system: You are a helpful assistant.
user:
Analyze the provided spectrum to determine if it is a **M-type Giant (gM)**.

A M-type Giant spectrum is defined by its **strong molecular absorption** features, particularly from **Titanium Oxide (TiO)**. You must check for one of the following mutually exclusive signatures:

- **Key Visual Indicators (Absorption-Dominated Spectrum):**

    - **(Primary):** The spectrum is dominated by strong molecular absorption from **Titanium Oxide (TiO)**. This is the **defining feature** of its M-type temperature class.
        - **(Key Bandheads):** Look for sharp, "saw-tooth" absorption valleys. The strongest are located near **~7050 Å**, **~6160 Å**, and **~5170 Å**.
        - **(Line Profile):** The "saw-tooth" morphology is critical: a **sharp, steep drop on the BLUE (short-wavelength) side** of the bandhead, followed by a gradual recovery (rising flux) towards the RED (long-wavelength) side.

    - **(Key Confirmation - Giant vs. Dwarf):** **ABSENCE** of strong **Calcium Hydride (CaH)** molecular bands. This is the primary diagnostic for *excluding* M-dwarfs.
        - **(Key Region):** The spectrum should lack the strong, broad absorption band seen in dwarfs between **~6800 Å and ~7000 Å**.

    - **(Secondary Confirmation - Giant):** A very strong and broad **Neutral Calcium (Ca I)** atomic absorption line.
        - **(Key Line):** Located at **~4226 Å**. In a giant (gM), this line is significantly deeper and broader than the same line in an M-dwarf (dM) due to low surface gravity.

    - **(Overall Spectrum):**
        - The continuum is **extremely red-sloping** (i.e., flux is very low in the blue and rises dramatically towards the red).
        - The entire spectrum appears "chopped up" by the deep TiO bands.

Think first, call **spectral_visualization_tool** if needed to examine features in detail, then provide your final answer. Your response must adhere to the following strict rules:
1.  **Overall Structure:** Your response must follow the format `<think>...</think> <tool_call>...</tool_call> (if a tool is used) <answer>...</answer>`.
2.  **Tool Usage Constraint:** You may only make **one** tool call per turn.
3.  **Final Answer Format:** In the `<answer>` tag, your conclusion must be inside a `\boxed{}` command (e.g., `\boxed{YES}` or `\boxed{NO}`), followed by your justification.

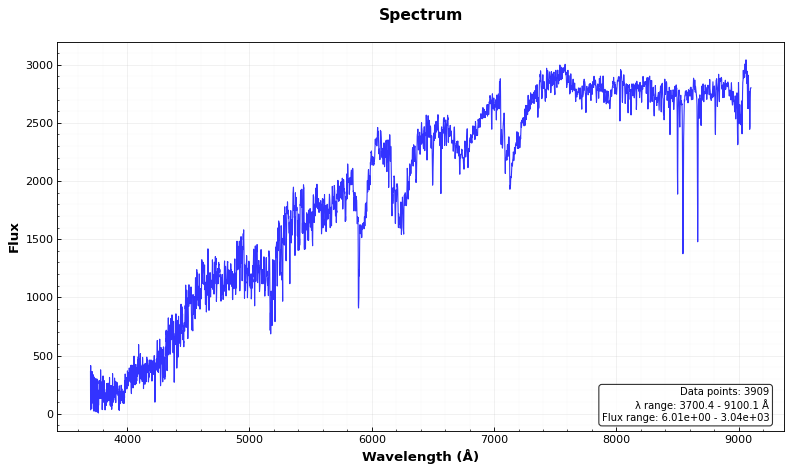
Answer: YES